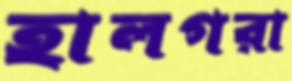
হালগরা